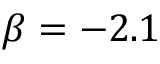
\beta = - 2 . 1